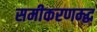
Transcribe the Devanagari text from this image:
समीकरणम्द्ध